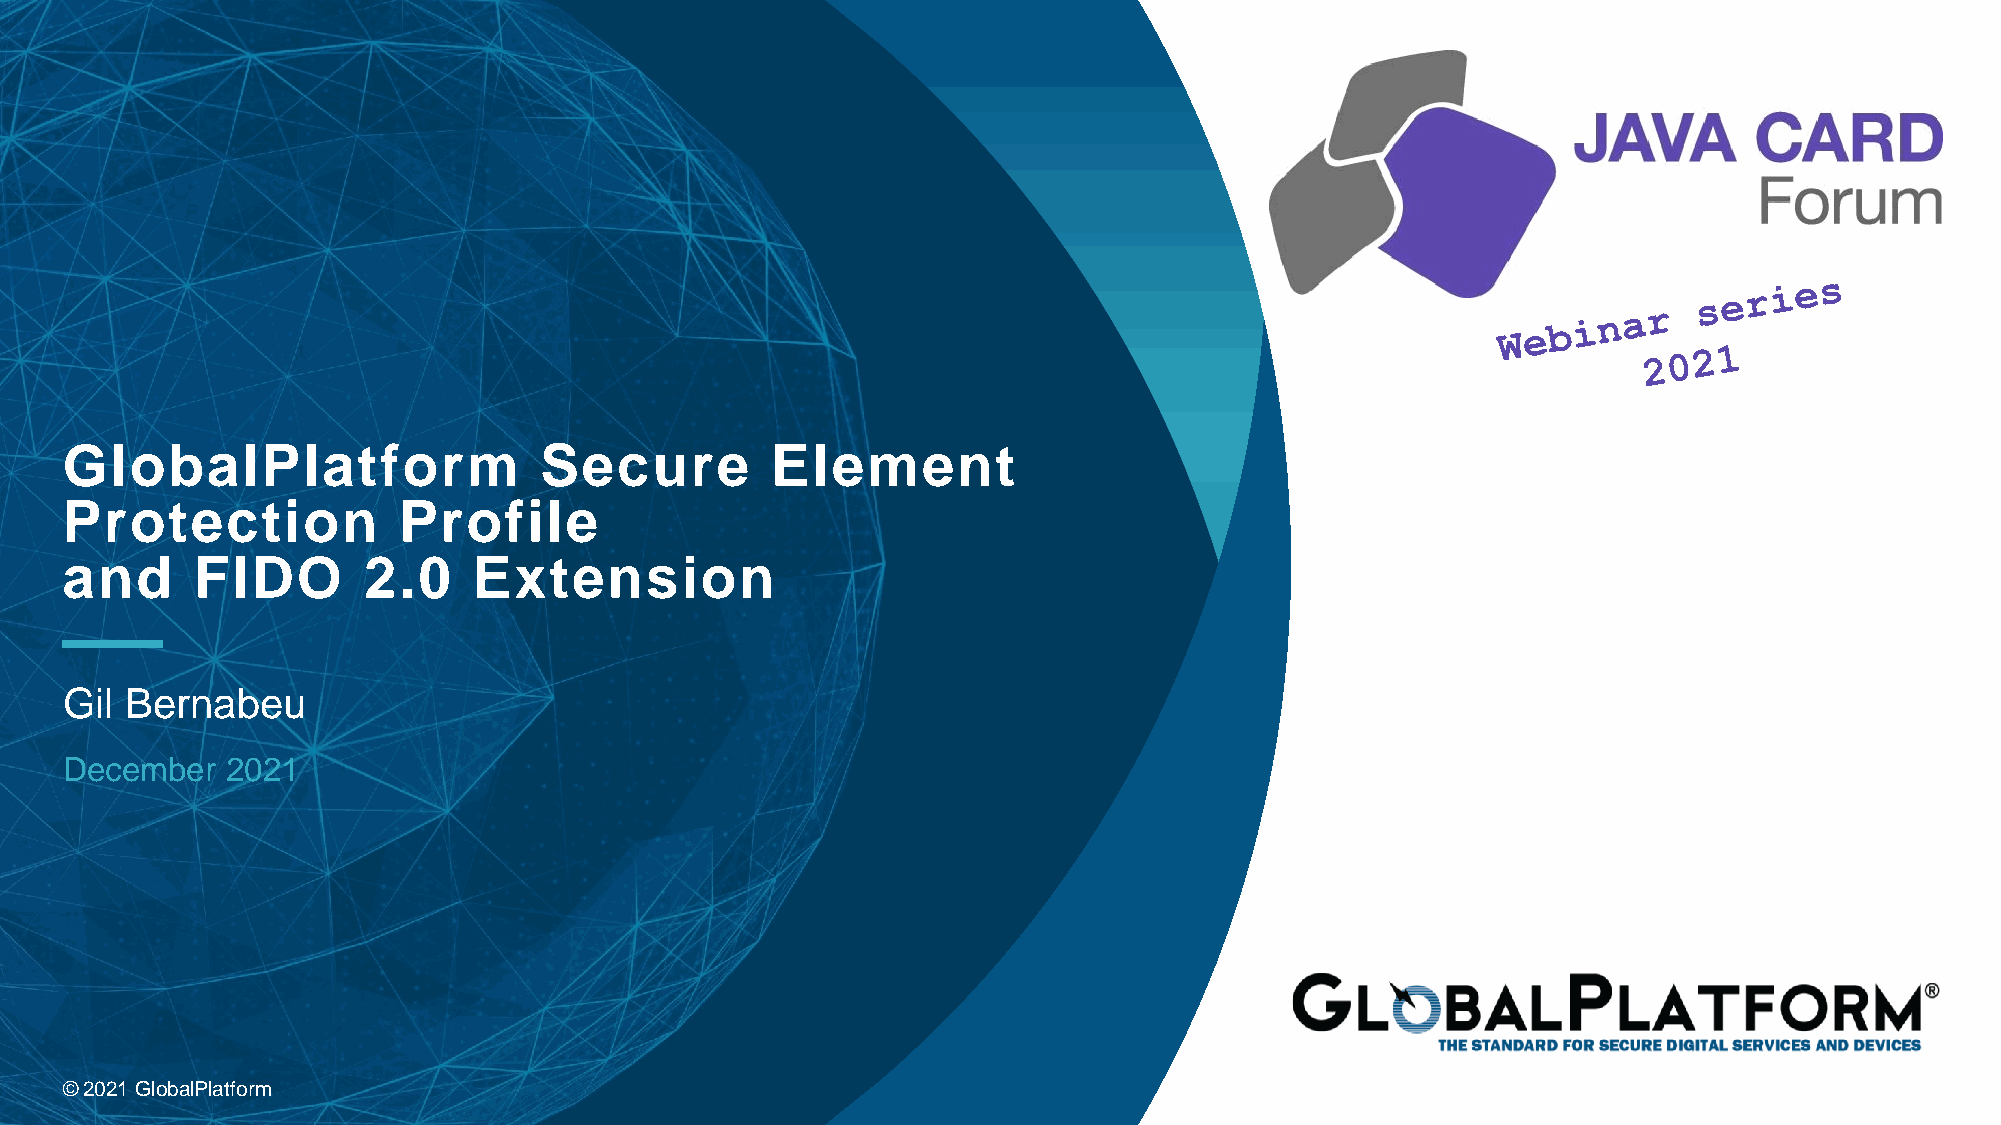
GlobalPlatform                  Secure         Element
 Protection            Profile
 and      FIDO       2.0    Extension
 Gil Bernabeu
 December   2021
 © 2021 GlobalPlatform